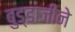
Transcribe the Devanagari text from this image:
बुड्डाजीने